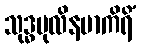
သုဒ္ဓပုလိနမာကိရိံ